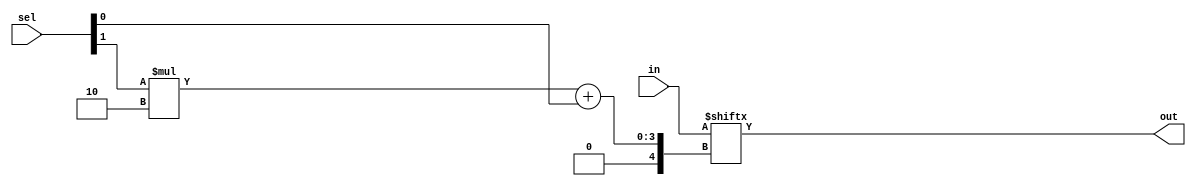
module Xux4 (in, sel, out);

	input [3:0] in;
	input [1:0] sel;
	output out;

	assign out = in[sel[1] * 2 + sel[0]];
endmodule